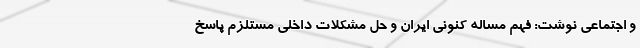
و اجتماعی نوشت: فهم مساله کنونی ایران و حل مشکلات داخلی مستلزم پاسخ